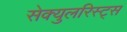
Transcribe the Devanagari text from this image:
सेक्युलरिस्ट्स